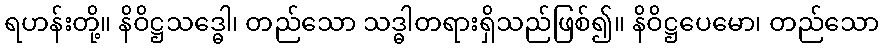
ရဟန်းတို့။ နိဝိဋ္ဌသဒ္ဓေါ၊ တည်သော သဒ္ဓါတရားရှိသည်ဖြစ်၍။ နိဝိဋ္ဌပေမော၊ တည်သော